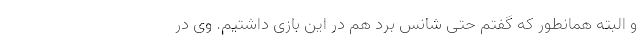
و البته همانطور که گفتم حتی شانس برد هم در این بازی داشتیم. وی در